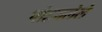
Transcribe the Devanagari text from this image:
पोहचलेले